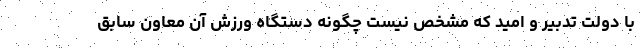
با دولت تدبیر و امید که مشخص نیست چگونه دستگاه ورزش آن معاون سابق